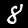
Digit: 8